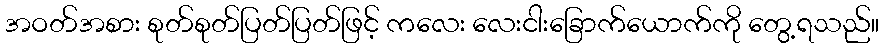
အဝတ်အစား စုတ်စုတ်ပြတ်ပြတ်ဖြင့် ကလေး လေးငါးခြောက်ယောက်ကို တွေ့ရသည်။